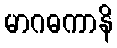
မာဂဓကာနိ